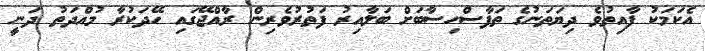
އެކަމަކު ފާއިތުވެ ދިޔަތަނުގެ ތަފާސްހިސާބަށް ބަލާއިރު ފަތުރުވެރިން ރާއްޖޭގައި ހޭދަކުރާ މުއްދަތު ދަނީ